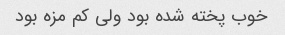
خوب پخته شده بود ولی کم مزه بود